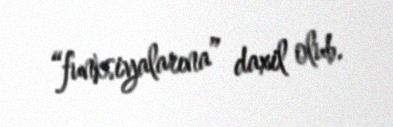
“funksiyalarına” daxil olub.